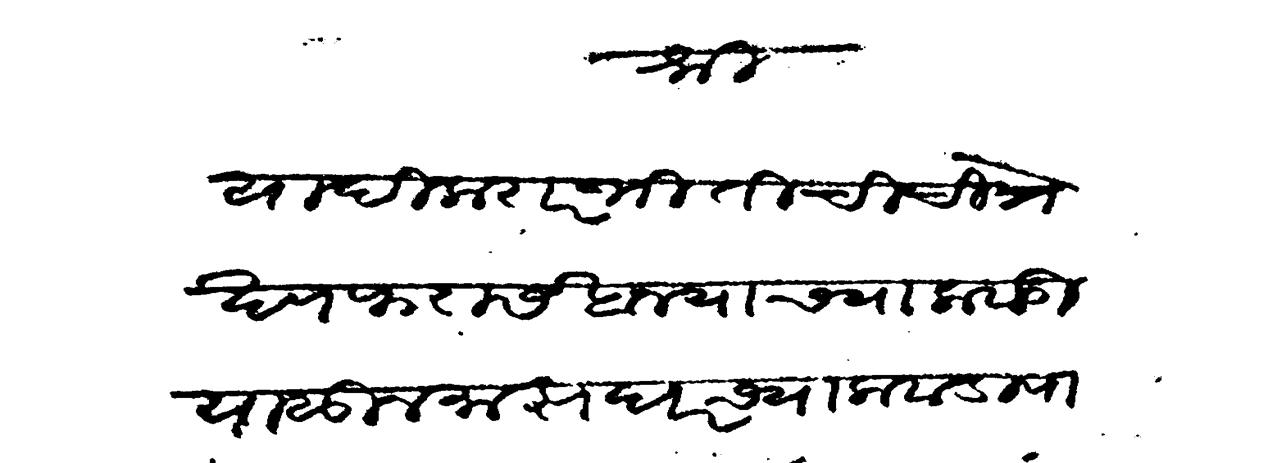
Transliteration (Devanagari): श्री यादी करार भितीची चित्रे खण फरासखान्याच्या कवाडापासून माझघरच्या कवाडा पावेतो